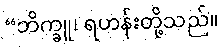
“ဘိက္ခူ၊ ရဟန်းတို့သည်။